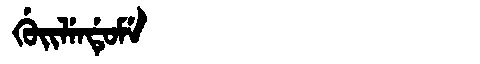
Manchu: ᡤᡠᡳᠯᡝᠨᡩᡠᠮᡝ
Romanization: GUILENDUME